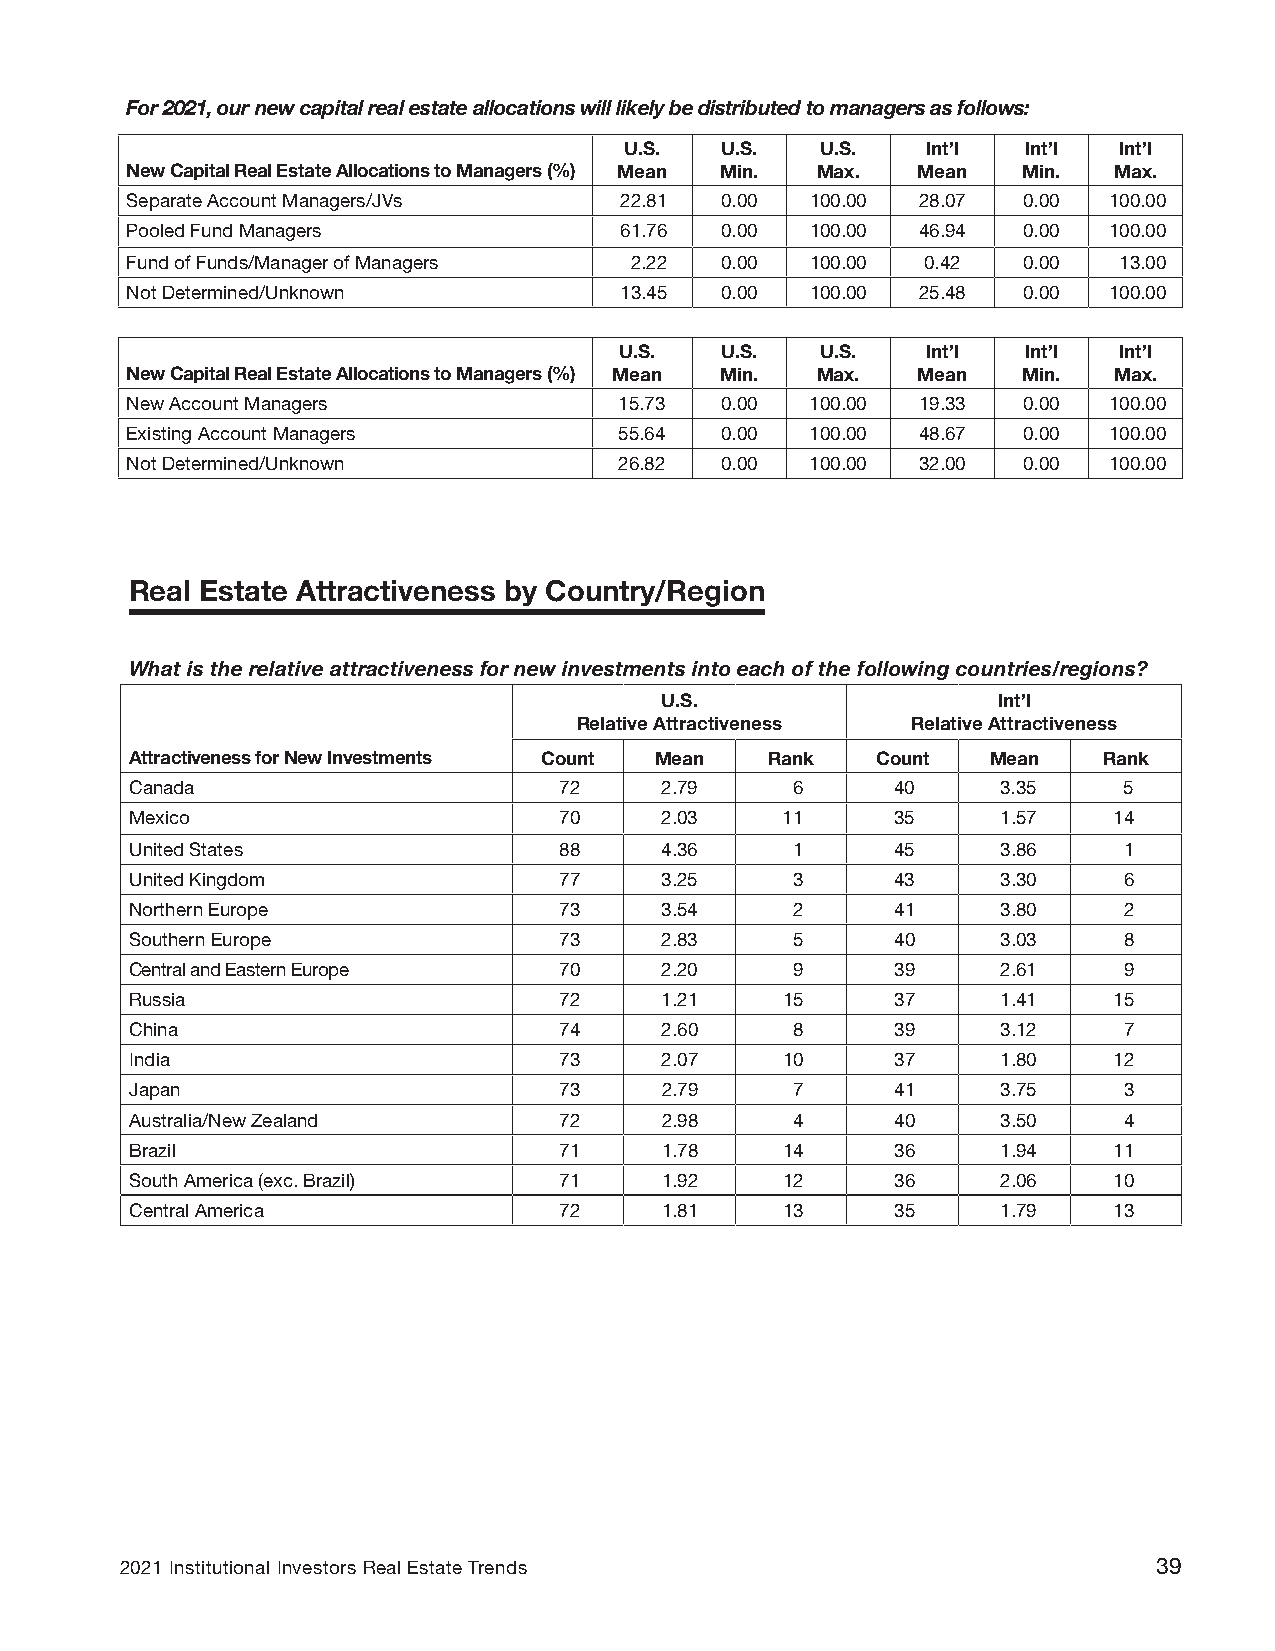
For 2021, our new capital real estate allocations will likely be distributed to managers as follows:
 U.S.   U.S.  U.S.   Int’l  Int’l Int’l
 New Capital Real Estate Allocations to Managers (%) Mean Min. Max. Mean Min. Max.
 Separate Account Managers/JVs    22.81  0.00  100.00 28.07  0.00 100.00
 Pooled Fund Managers             61.76  0.00  100.00 46.94  0.00 100.00
 Fund of Funds/Manager of Managers 2.22  0.00  100.00 0.42   0.00  13.00
 Not Determined/Unknown           13.45  0.00  100.00 25.48  0.00 100.00
 U.S.   U.S.  U.S.   Int’l  Int’l Int’l
 New Capital Real Estate Allocations to Managers (%) Mean Min. Max. Mean Min. Max.
 New Account Managers             15.73  0.00  100.00 19.33  0.00 100.00
 Existing Account Managers        55.64  0.00  100.00 48.67  0.00 100.00
 Not Determined/Unknown           26.82  0.00  100.00 32.00  0.00 100.00
 Real Estate Attractiveness by Country/Region
 What is the relative attractiveness for new investments into each of the following countries/regions?
 U.S.                  Int’l
 Relative Attractiveness Relative Attractiveness
 Attractiveness for New Investments Count Mean Rank Count Mean   Rank
 Canada                      72     2.79    6      40     3.35    5
 Mexico                      70     2.03    11     35     1.57    14
 United States               88     4.36    1      45     3.86    1
 United Kingdom              77     3.25    3      43     3.30    6
 Northern Europe             73     3.54    2      41     3.80    2
 Southern Europe             73     2.83    5      40     3.03    8
 Central and Eastern Europe  70     2.20    9      39     2.61    9
 Russia                      72     1.21    15     37     1.41    15
 China                       74     2.60    8      39     3.12    7
 India                       73     2.07    10     37     1.80    12
 Japan                       73     2.79     7     41     3.75    3
 Australia/New Zealand       72     2.98     4     40     3.50    4
 Brazil                      71     1.78    14     36     1.94    11
 South America (exc. Brazil) 71     1.92    12     36     2.06    10
 Central America             72     1.81    13     35     1.79    13
 2021 Institutional Investors Real Estate Trends                      39